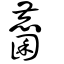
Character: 麕